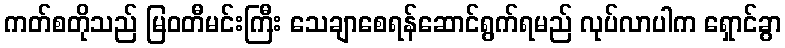
ကတ်စတိုသည် မြဝတီမင်းကြီး သေချာစေရန်ဆောင်ရွက်ရမည် လုပ်လာပါက ရှောင်ခွာ